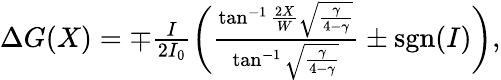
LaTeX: \begin{array}{r}{\Delta G(X)=\mp\frac{I}{2I_{0}}\biggl(\frac{\tan^{-1}\frac{2X}{W}\sqrt{\frac{\gamma}{4-\gamma}}}{\tan^{-1}\sqrt{\frac{\gamma}{4-\gamma}}}\pm\mathrm{sgn}(I)\biggr),}\end{array}